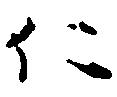
仁